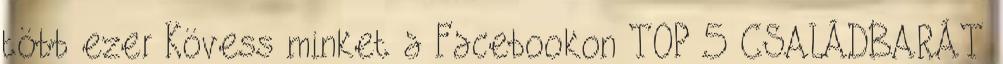
több ezer Kövess minket a Facebookon TOP 5 CSALÁDBARÁT